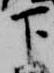
下